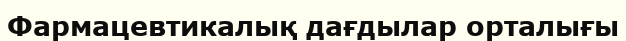
Фармацевтикалық дағдылар орталығы